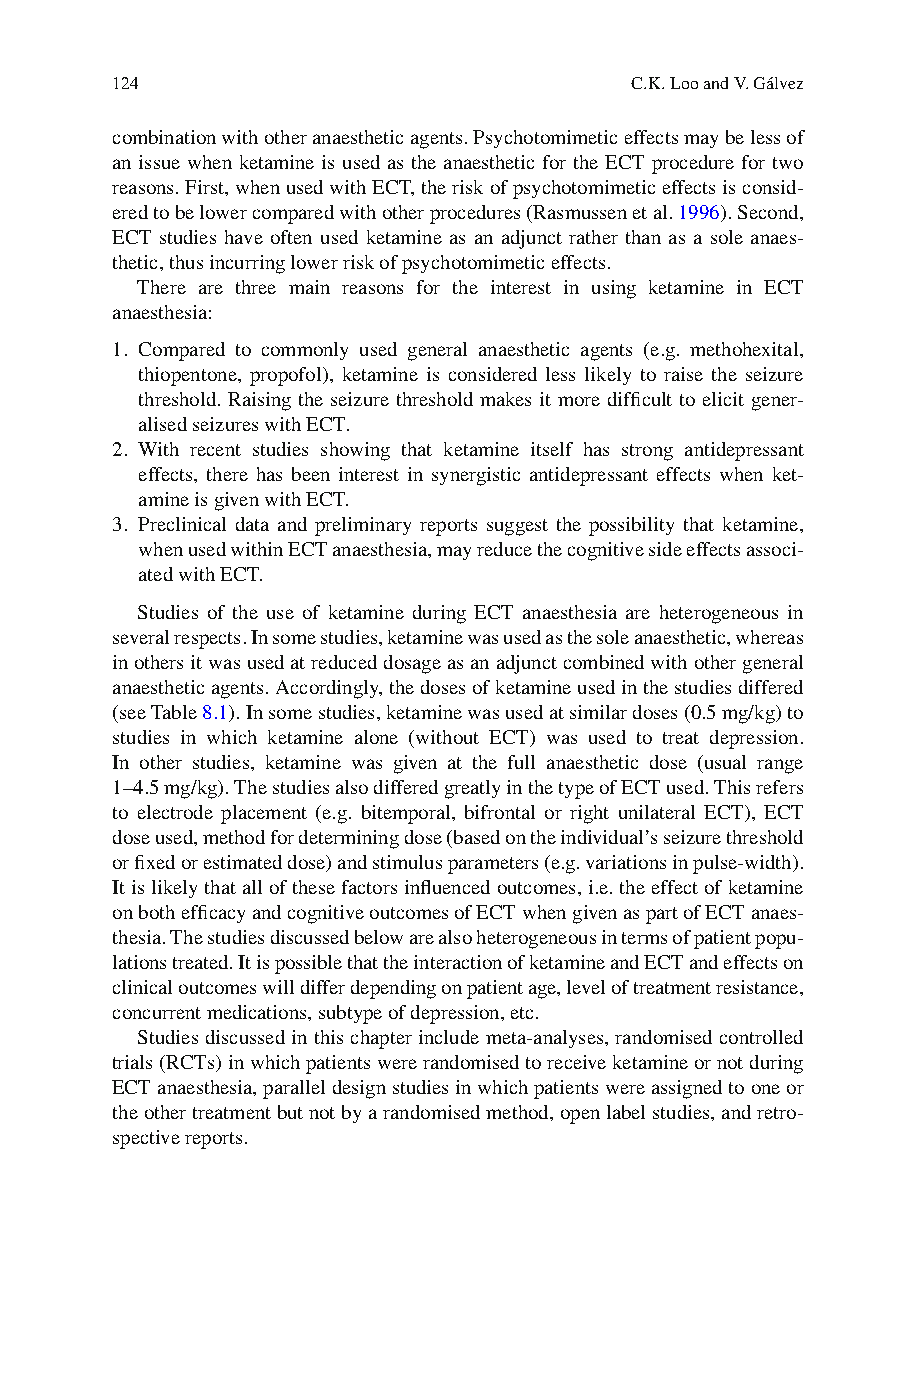
124                                C.K. Loo and V. Gálvez
 combination with other anaesthetic agents. Psychotomimetic effects may be less of
 an issue when ketamine is used as the anaesthetic for the ECT procedure for two
 reasons. First, when used with ECT, the risk of psychotomimetic effects is consid-
 ered to be lower compared with other procedures (Rasmussen et al. 1 996 ). Second,
 ECT studies have often used ketamine as an adjunct rather than as a sole anaes-
 thetic, thus incurring lower risk of psychotomimetic effects.
 T here are three main reasons for the interest in using ketamine in ECT
 anaesthesia:
 1 . C ompared to commonly used general anaesthetic agents (e.g. methohexital,
 thiopentone, propofol), ketamine is considered less likely to raise the seizure
 threshold. Raising the seizure threshold makes it more diffi cult to elicit gener-
 alised seizures with ECT.
 2 . W ith recent studies showing that ketamine itself has strong antidepressant
 effects, there has been interest in synergistic antidepressant effects when ket-
 amine is given with ECT.
 3. Preclinical data and preliminary reports suggest the possibility that ketamine,
 when used within ECT anaesthesia, may reduce the cognitive side effects associ-
 ated with ECT.
 S tudies of the use of ketamine during ECT anaesthesia are heterogeneous in
 several respects. In some studies, ketamine was used as the sole anaesthetic, whereas
 in others it was used at reduced dosage as an adjunct combined with other general
 anaesthetic agents. Accordingly, the doses of ketamine used in the studies differed
 (see Table 8 .1 ). In some studies, ketamine was used at similar doses (0.5 mg/kg) to
 studies in which ketamine alone (without ECT) was used to treat depression.
 In other studies, ketamine was given at the full anaesthetic dose (usual range
 1–4.5 mg/kg). The studies also differed greatly in the type of ECT used. This refers
 to electrode placement (e.g. bitemporal, bifrontal or right unilateral ECT), ECT
 dose used, method for determining dose (based on the individual’s seizure threshold
 or fi xed or estimated dose) and stimulus parameters (e.g. variations in pulse-width).
 It is likely that all of these factors infl uenced outcomes, i.e. the effect of ketamine
 on both effi cacy and cognitive outcomes of ECT when given as part of ECT anaes-
 thesia. The studies discussed below are also heterogeneous in terms of patient popu-
 lations treated. It is possible that the interaction of ketamine and ECT and effects on
 clinical outcomes will differ depending on patient age, level of treatment resistance,
 concurrent medications, subtype of depression, etc.
 S tudies discussed in this chapter include meta-analyses, randomised controlled
 trials (RCTs) in which patients were randomised to receive ketamine or not during
 ECT anaesthesia, parallel design studies in which patients were assigned to one or
 the other treatment but not by a randomised method, open label studies, and retro-
 spective reports.